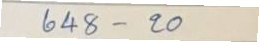
648 - 20